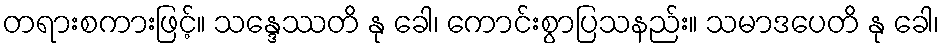
တရားစကားဖြင့်။ သန္ဒေဿတိ နု ခေါ၊ ကောင်းစွာပြသနည်း။ သမာဒပေတိ နု ခေါ၊